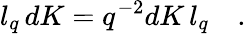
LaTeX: l_{q}\, dK=q^{-2}dK\, l_{q}\quad.